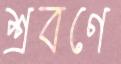
শ্রবণে